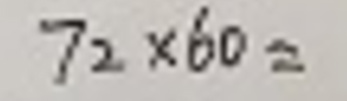
$72 \times 60 =$